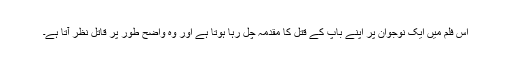
اس فلم میں ایک نوجوان پر اپنے باپ کے قتل کا مقدمہ چل رہا ہوتا ہے اور وہ واضح طور پر قاتل نظر آتا ہے۔